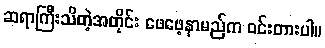
ဆရာကြီးသိတဲ့အတိုင်း ဖေဖေ့နာမည်က ဝင်းတားပါ။